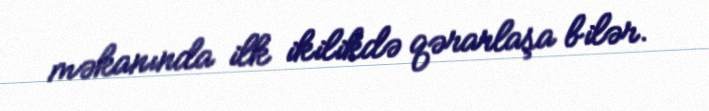
məkanında ilk ikilikdə qərarlaşa bilər.